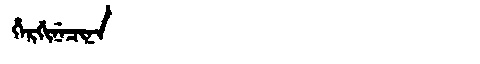
Manchu: ᡥᡝᡵᡤᡳᠨᡝᠴᡳᠨᠠ
Romanization: HERGINECINA